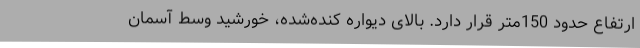
ارتفاع حدود 150متر قرار دارد. بالای دیواره کنده‌شده، خورشید وسط آسمان